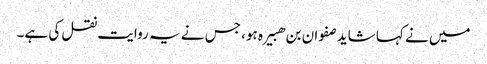
میں نے کہا شاید صفوان بن ھبیرہ ہو، جس نے یہ روایت نقل کی ہے۔